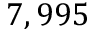
7 , 9 9 5